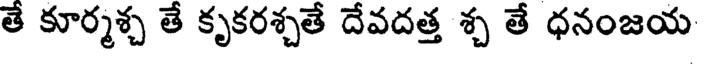
తే కూర్మశ్చ తే కృకరశ్చతే దేవదత్త శ్చ తే ధనంజయ